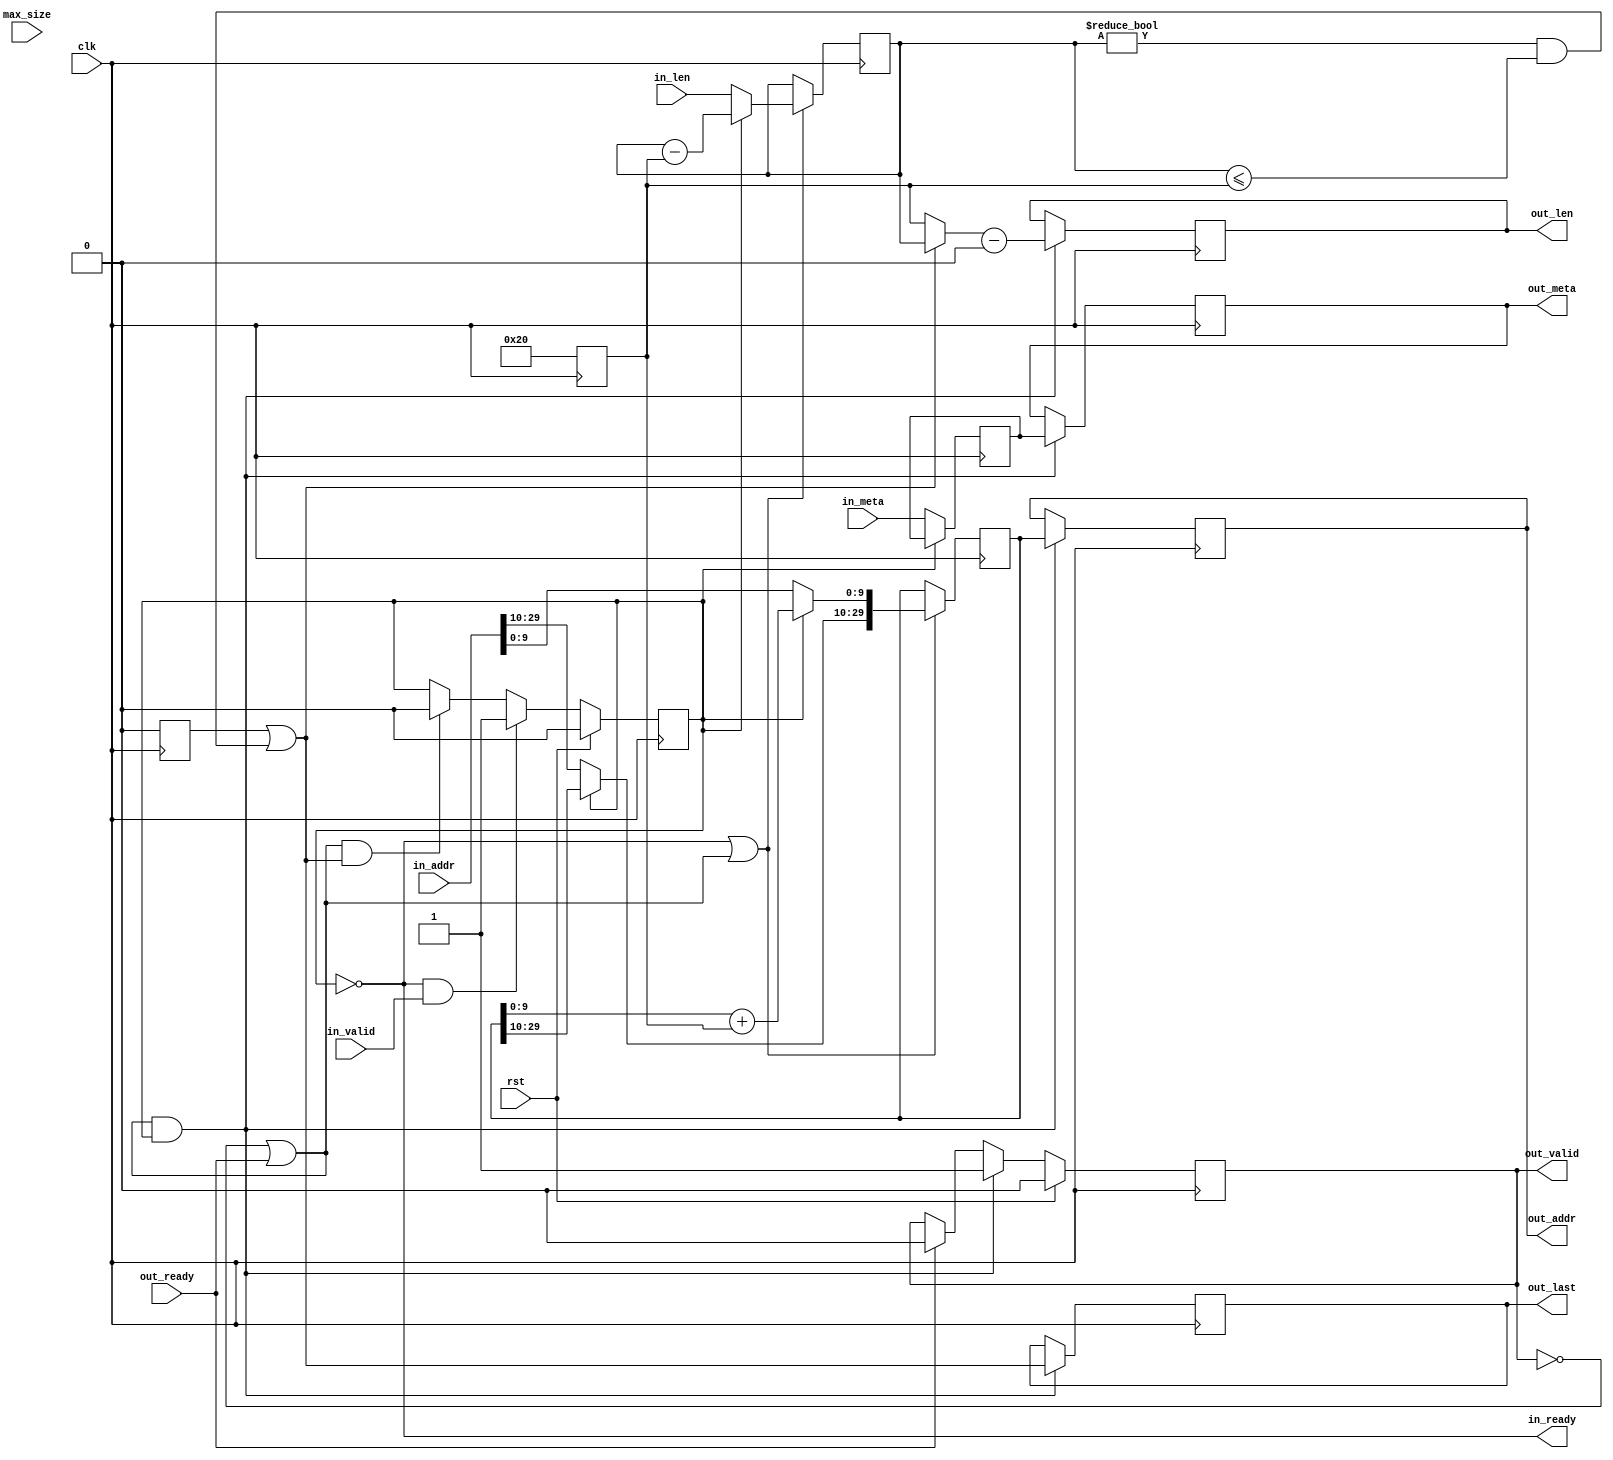

module dlsc_pcie_s6_cmdsplit #(
    parameter ADDR          = 32,   // MSB of address port (LSB is always 2)
    parameter LEN           = 10,   // width of output length (must be <= 10)
    parameter OUT_SUB       = 0,    // value to subtract from output length (e.g. for AXI, set to 1)
    parameter MAX_SIZE      = 128,  // maximum output length (regardless of max_size input); must be power-of-2 if ALIGN is set
    parameter ALIGN         = 0,    // if larger than max_size, align to max_size boundaries
    parameter META          = 1,    // width of metadata ports
    parameter REGISTER      = 1     // register outputs
) (
    // System
    input   wire                clk,
    input   wire                rst,
    
    // Command input (to be split)
    output  wire                in_ready,
    input   wire                in_valid,
    input   wire    [ADDR-1:2]  in_addr,
    input   wire    [9:0]       in_len,
    input   wire    [META-1:0]  in_meta,

    // Split config
    input   wire    [2:0]       max_size,   // 128,256,512,1024,2048,4096

    // Command output (after splitting)
    input   wire                out_ready,
    output  reg                 out_valid,
    output  reg     [ADDR-1:2]  out_addr,
    output  reg     [LEN-1:0]   out_len,
    output  reg     [META-1:0]  out_meta,
    output  reg                 out_last
);

/* verilator lint_off WIDTH */
localparam [10:0] MAX_SIZE_DW   = (MAX_SIZE < 4096) ? (MAX_SIZE/4) : 11'd1024;
localparam [9:0]  MAX_MASK      = (MAX_SIZE_DW-1);
/* verilator lint_on WIDTH */
    
// Get maximum length
reg  [9:0]  max_len;
reg         max_len_4k;

always @(posedge clk) begin
    case(max_size)
        3'b101:  {max_len_4k,max_len} <= ((MAX_SIZE_DW >= 11'd1024) ? 11'd1024 : MAX_SIZE_DW);
        3'b100:  {max_len_4k,max_len} <= ((MAX_SIZE_DW >= 11'd512 ) ? 11'd512  : MAX_SIZE_DW);
        3'b011:  {max_len_4k,max_len} <= ((MAX_SIZE_DW >= 11'd256 ) ? 11'd256  : MAX_SIZE_DW);
        3'b010:  {max_len_4k,max_len} <= ((MAX_SIZE_DW >= 11'd128 ) ? 11'd128  : MAX_SIZE_DW);
        3'b001:  {max_len_4k,max_len} <= ((MAX_SIZE_DW >= 11'd64  ) ? 11'd64   : MAX_SIZE_DW);
        default: {max_len_4k,max_len} <= ((MAX_SIZE_DW >= 11'd32  ) ? 11'd32   : MAX_SIZE_DW);
    endcase
end

// handshake
wire            split_ready;
reg             split_valid;
assign          in_ready        = !split_valid;

// splitter state
reg  [ADDR-1:2] split_addr;
reg  [9:0]      split_len;
reg  [9:0]      split_inc;
wire            split_last      = max_len_4k || (split_len != 0 && split_len <= max_len);

// next state
reg  [ADDR-1:2] next_split_addr;
reg  [9:0]      next_split_len;

always @* begin
    if(!split_valid) begin
        next_split_addr         = in_addr;
        next_split_len          = in_len;
    end else begin
        next_split_addr         = split_addr;
        next_split_addr[11:2]   = split_addr[11:2] + split_inc;
        next_split_len          = split_len        - split_inc;
    end
end

generate
if(ALIGN>0) begin:GEN_ALIGN
    // get mask
    reg  [9:0]  max_mask;
    always @(posedge clk) begin
        case(max_size)
            3'b101:  max_mask <= ((MAX_SIZE_DW >= 11'd1024) ? 10'h3FF : MAX_MASK);
            3'b100:  max_mask <= ((MAX_SIZE_DW >= 11'd512 ) ? 10'h1FF : MAX_MASK);
            3'b011:  max_mask <= ((MAX_SIZE_DW >= 11'd256 ) ? 10'h0FF : MAX_MASK);
            3'b010:  max_mask <= ((MAX_SIZE_DW >= 11'd128 ) ? 10'h07F : MAX_MASK);
            3'b001:  max_mask <= ((MAX_SIZE_DW >= 11'd64  ) ? 10'h03F : MAX_MASK);
            default: max_mask <= ((MAX_SIZE_DW >= 11'd32  ) ? 10'h01F : MAX_MASK);
        endcase
    end
    // determine amount to increment by
    reg  [9:0]      next_split_inc;
    always @* begin
        if(!split_valid) begin
            // first one may be unaligned; find length to first boundary
            next_split_inc  = max_len - (in_addr[11:2] & max_mask);
        end else begin
            // remaining ones are aligned
            next_split_inc  = max_len;
        end
    end
    always @(posedge clk) begin
        if(!split_valid || split_ready) begin
            split_inc       <= next_split_inc;
        end
    end
end else begin:GEN_NOALIGN
    always @* begin
        split_inc       = max_len;
    end
end
endgenerate


// track split state validity
always @(posedge clk) begin
    if(rst) begin
        split_valid     <= 1'b0;
    end else begin
        if(split_ready && split_last) begin
            split_valid     <= 1'b0;
        end
        if(in_ready && in_valid) begin
            split_valid     <= 1'b1;
        end
    end
end

// update splitter state
always @(posedge clk) begin
    if(!split_valid || split_ready) begin
        split_addr      <= next_split_addr;
        split_len       <= next_split_len;
    end
end

// capture metadata
reg  [META-1:0] split_meta;

always @(posedge clk) begin
    if(!split_valid) begin
        split_meta      <= in_meta;
    end
end


wire [LEN-1:0]  next_out_len    = (split_last ? split_len[LEN-1:0] : split_inc[LEN-1:0]) - OUT_SUB;

generate
if(REGISTER>0) begin:GEN_REG

    assign          split_ready     = (!out_valid || out_ready);

    // drive valid
    always @(posedge clk) begin
        if(rst) begin
            out_valid   <= 1'b0;
        end else begin
            if(out_ready) begin
                out_valid   <= 1'b0;
            end
            if(split_ready && split_valid) begin
                out_valid   <= 1'b1;
            end
        end
    end

    // drive output
    always @(posedge clk) begin
        if(split_ready && split_valid) begin
            out_meta    <= split_meta;
            out_addr    <= split_addr;
            out_len     <= next_out_len;
            out_last    <= split_last;
        end
    end

end else begin:GEN_NOREG

    assign          split_ready     = out_ready;

    always @* begin
        out_valid   = split_valid;
        out_meta    = split_meta;
        out_addr    = split_addr;
        out_len     = next_out_len;
        out_last    = split_last;
    end

end
endgenerate

endmodule